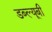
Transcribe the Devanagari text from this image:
डब्ल्यूबी